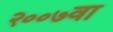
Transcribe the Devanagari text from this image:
२००७वा